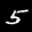
Label: 5